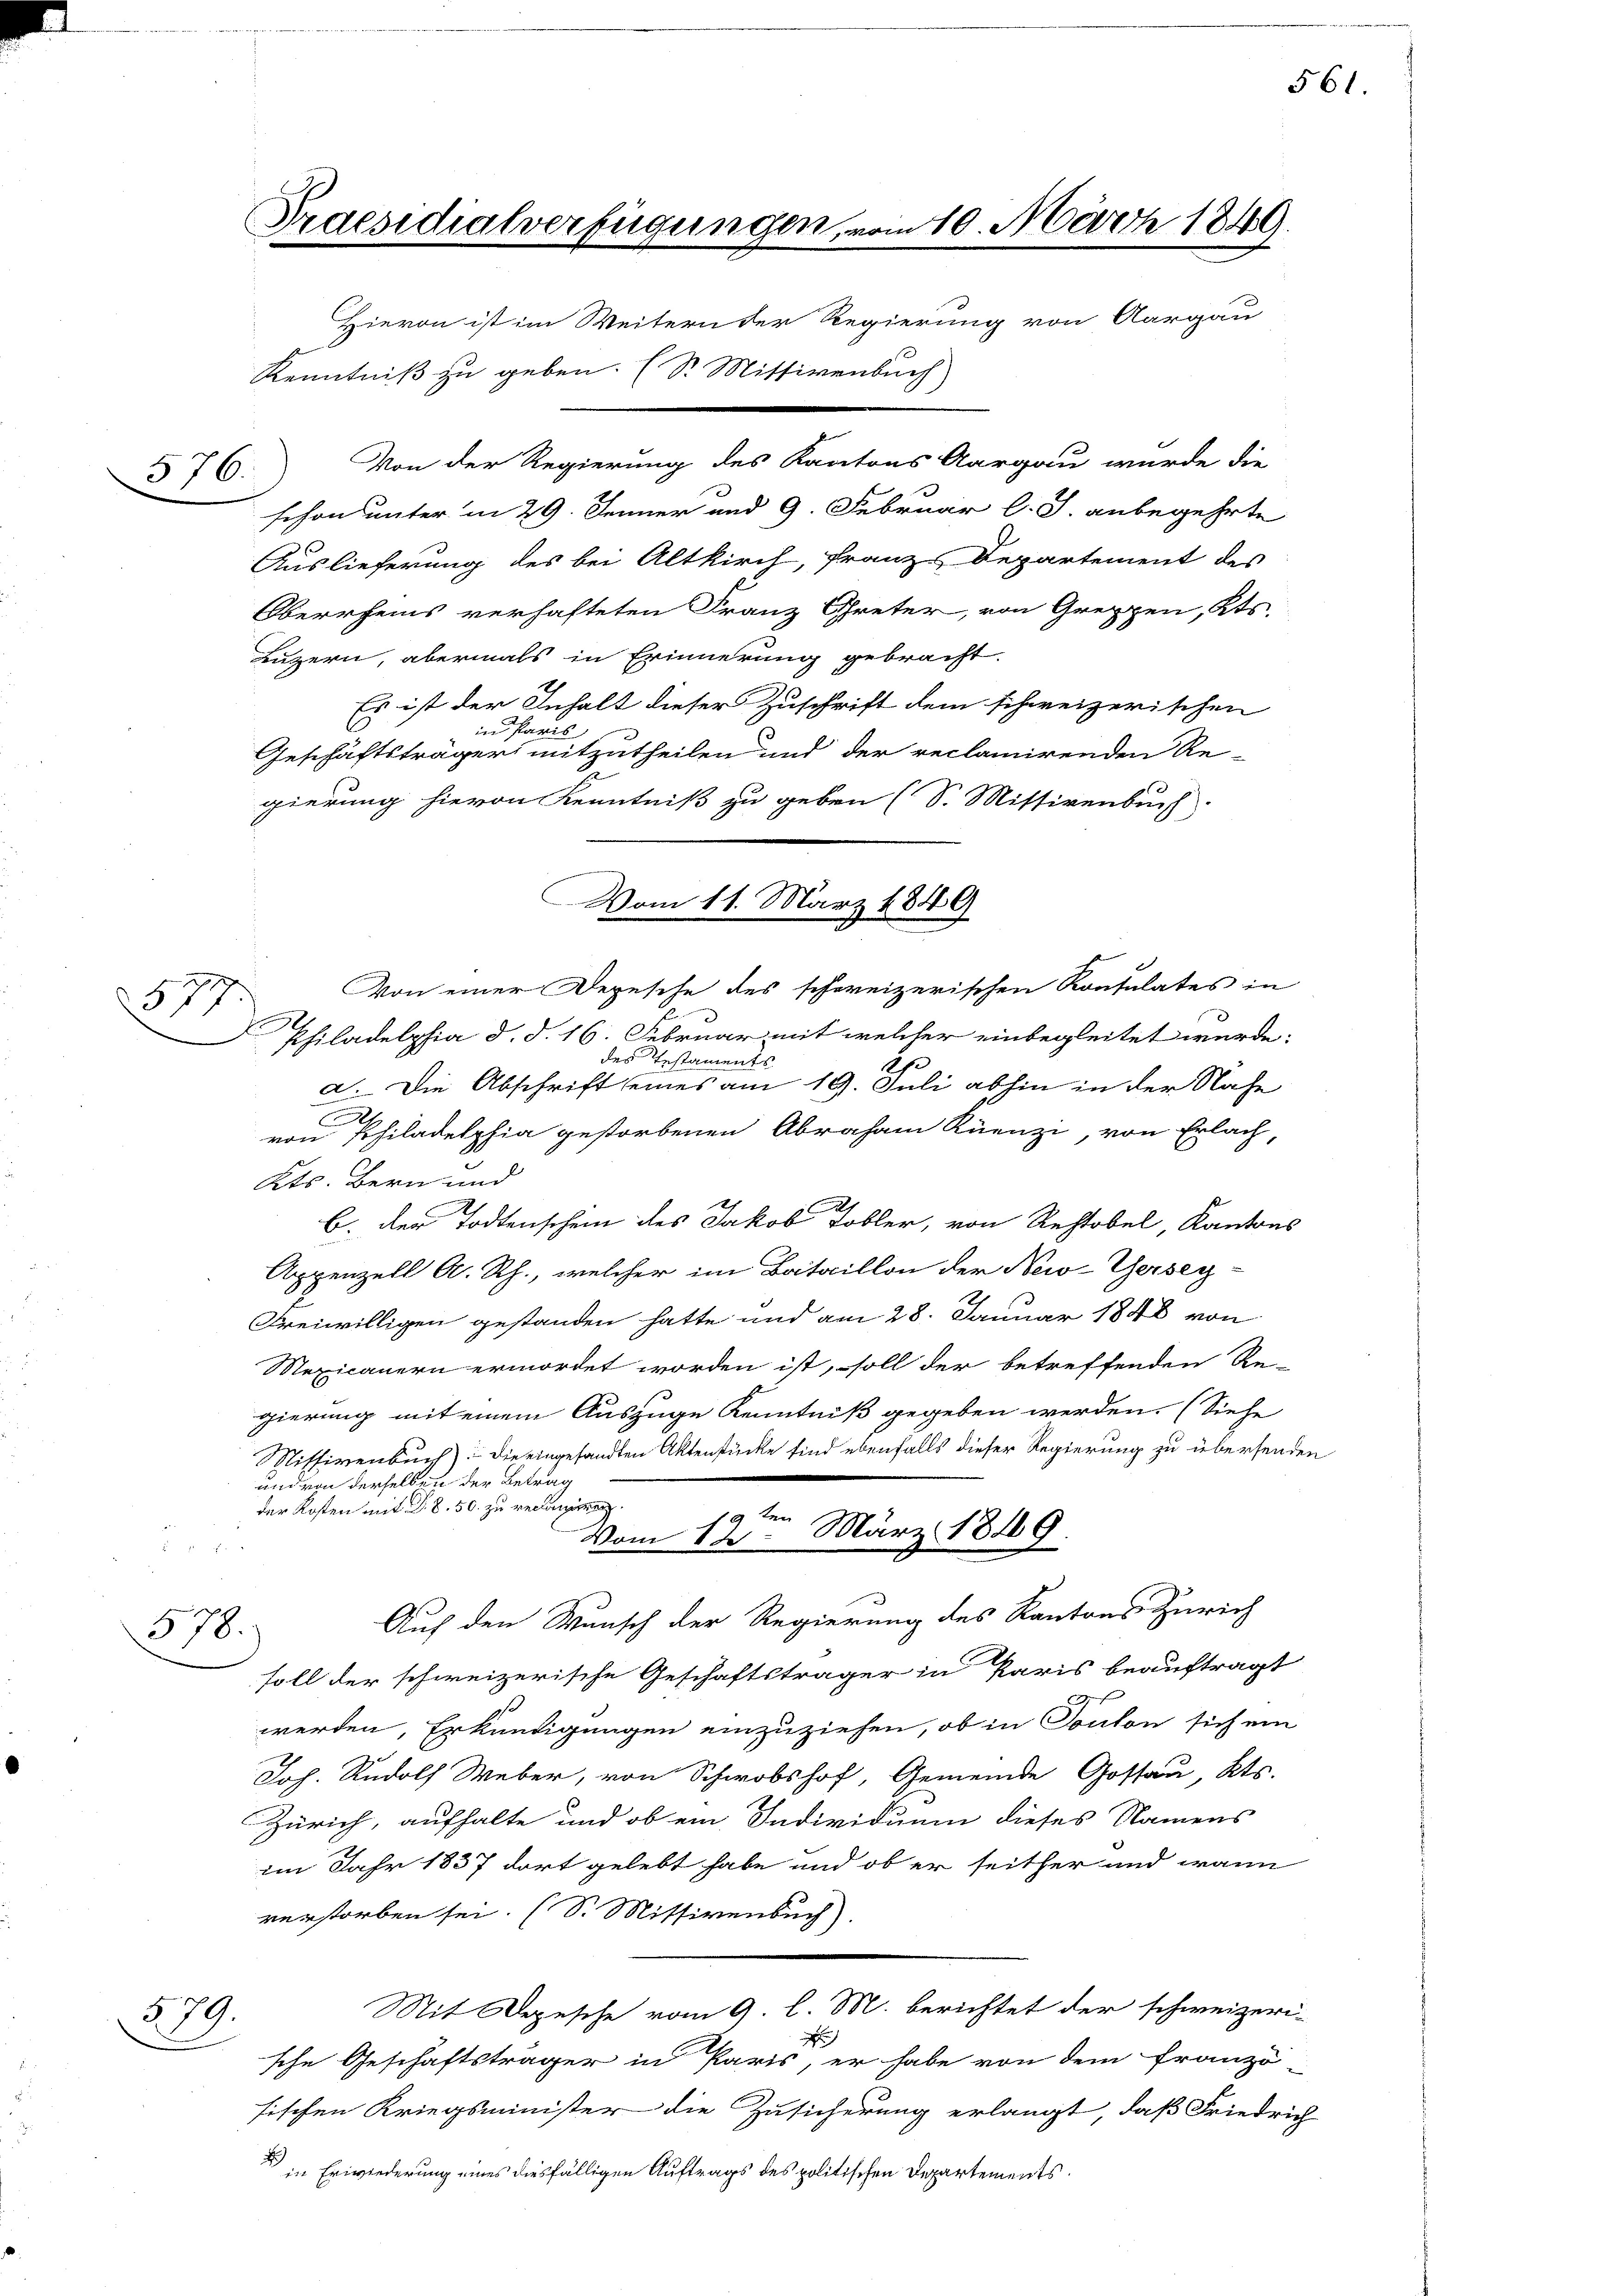
577

578.

379.

Praesidialverfügungen, vom 10. März 1849.
Hievon ist im Weitern der Regierung von Aargau

Kenntniß zu geben. (S. Missivenbuch
schon unter in 29. Jenner und 9. Februar l. J. anbegehrte
Auslieferung des bei Altkirch, Franz-Departement des
Oberrheins verhafteten Franz Creter, von Greppen, Kts.
Luzern, abermals in Erinnerung gebracht.
Es ist der Inhalt dieser Zuschrift dem schweizerischen
in Paris
Geschäftsträger mitzutheilen und der reclamirenden Re-
gierung hievon Kenntniß zu geben (S. Mittirenbuch.
Philadelphia d. d. 16. Februar mit welcher einbegleitet wurde:
des Testaments
2
a. Die Abschrift eines am 19. Juli abhin in der Nahe
von Philadelphia gestorbenen Abraham Kienzi, von Erlach,
Kts. Bern und
b. der Todtenschein des Jakob Tobler, von Rechtobel, Kantons
Appenzell A. Rh., welcher im Bataillon der New-Yerseg-
Freiwilligen gestanden hatte und am 28. Januar 1848 von
Mexicanern ermordet worden ist, soll der betreffenden Re-
gierung mit einem Auszüge Kenntniß gegeben werden. (Siehe
Missivenbuch) die eingesandten Aktenstücke sind ebenfalls dieser Regierung zu übersend
und derselben der Betrag
der Kosten mit Dr. S. 50. zu recanirung.
Vom 12ten März 1849.
r
Auf den Wunsch der Regierung des Kantons Zürich
soll der schweizerische Geschäftsträger in Paris beauftragt
f
werden, Erkundigungen einzuziehen, ob in Conton sich ein
Joh. Rudolf Weber, von Schwobshof, Gemeinde Gossau, Kts.
Zürich, aufhalte und ob ein Individuum dieses Namens
im Jahr 1837 dort gelebt habe und ob er seither und wann
verstorben sei. (S. Missivenbuch)
Mit Depesche vom 9 l. M. berichtet der schweizeri-
x
sche Geschäftsträger in Paris, er habe von dem Franzö
sischen Kriegsminister die Zusicherung erlangt, daß Friedrich
 in Erwiederung eines diesfälligen Auftrags des politischen Departements

§76. Von der Regierung des Kantons Aargau wurde die

Vom 11. März 1849
Von einer Depesche des schweizerischen Konsulates in

561.